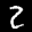
Label: 2